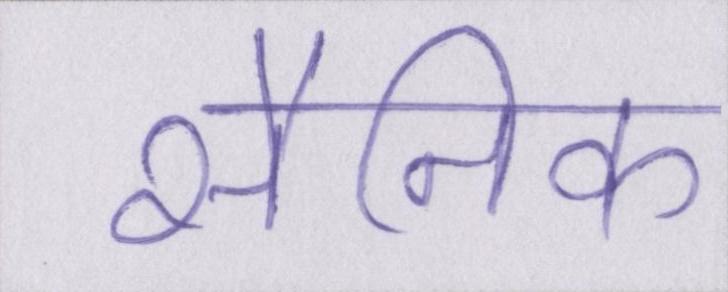
सैनिक